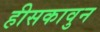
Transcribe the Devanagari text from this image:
हीसकावुन